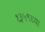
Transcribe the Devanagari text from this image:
१३५९च्या